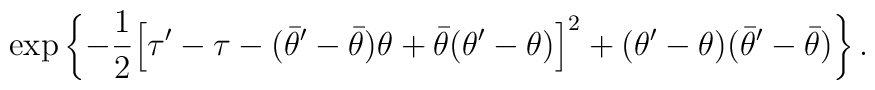
\exp\left\{ -\frac{1}{2} \Bigl[ \tau'- \tau -(\bar\theta' - \bar\theta) \theta +\bar\theta (\theta' - \theta) \Bigr]^2 + (\theta' - \theta)(\bar\theta' - \bar\theta) \right\}.